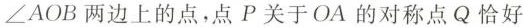
\angle AOB两边上的点，点P关于OA的对称点Q恰好